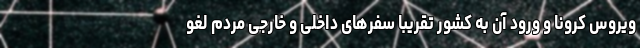
ویروس کرونا و ورود آن به کشور تقریبا سفرهای داخلی و خارجی مردم لغو